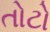
તોટો